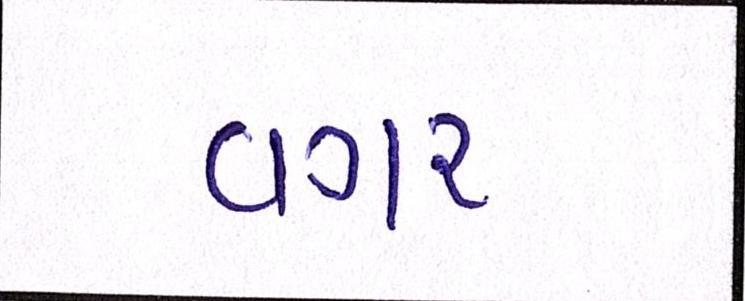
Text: વગર